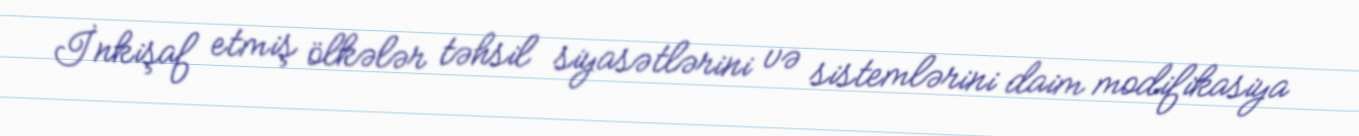
İnkişaf etmiş ölkələr təhsil siyasətlərini və sistemlərini daim modifikasiya